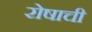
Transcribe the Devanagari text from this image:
रोषाची